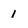
Character: 1